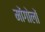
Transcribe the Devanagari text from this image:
मोंगोलों